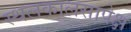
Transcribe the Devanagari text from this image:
स्थलकालसापेक्ष